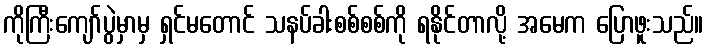
ကိုကြီးကျော်ပွဲမှာမှ ရှင်မတောင် သနပ်ခါးစစ်စစ်ကို ရနိုင်တာလို့ အမေက ပြောဖူးသည်။